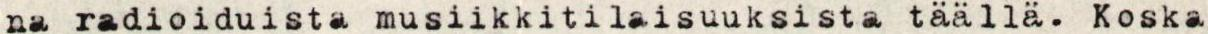
na radioiduista musiikkitilaisuuksista täällä. Koska